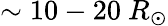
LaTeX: \sim 10-20~R_{\odot}